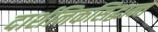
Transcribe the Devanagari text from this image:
दार्शनिकसिद्धान्त